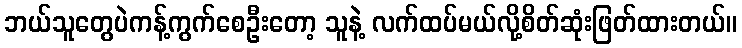
ဘယ်သူတွေပဲကန့်ကွက်စေဦးတော့ သူနဲ့ လက်ထပ်မယ်လို့စိတ်ဆုံးဖြတ်ထားတယ်။